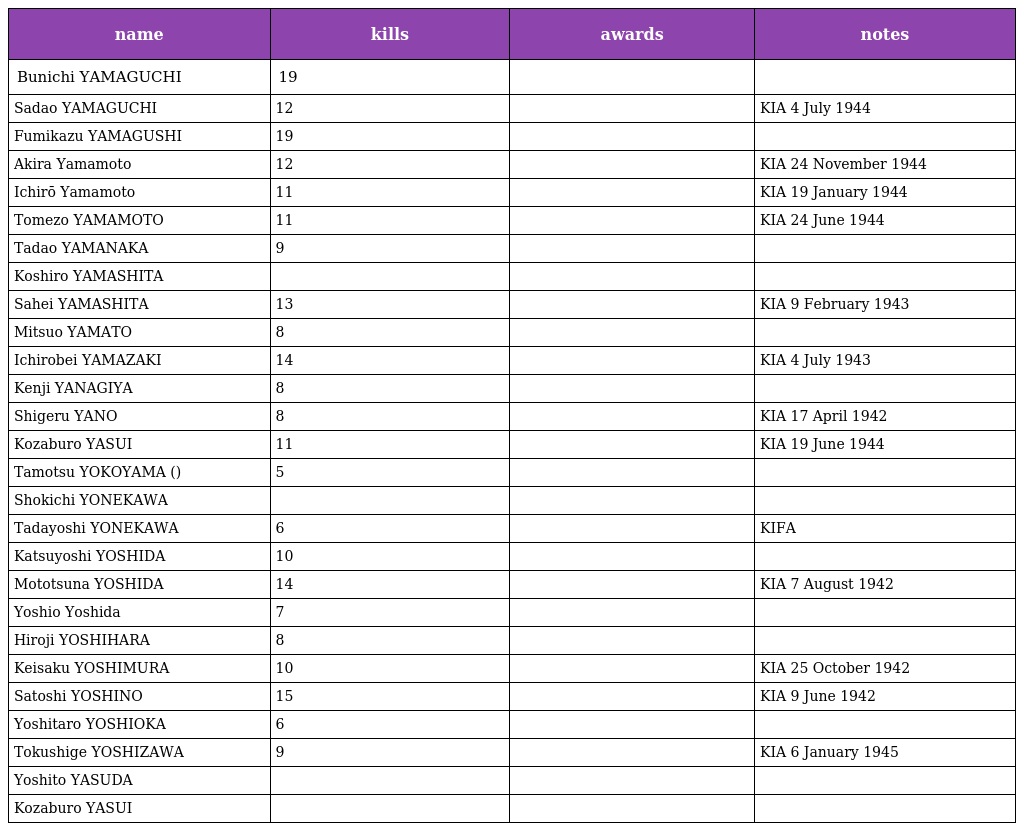
| name | kills | awards | notes |
 | --- | --- | --- | --- |
 | Bunichi YAMAGUCHI | 19 |  |  |
 | Sadao YAMAGUCHI | 12 |  | KIA 4 July 1944 |
 | Fumikazu YAMAGUSHI | 19 |  |  |
 | Akira Yamamoto | 12 |  | KIA 24 November 1944 |
 | Ichirō Yamamoto | 11 |  | KIA 19 January 1944 |
 | Tomezo YAMAMOTO | 11 |  | KIA 24 June 1944 |
 | Tadao YAMANAKA | 9 |  |  |
 | Koshiro YAMASHITA |  |  |  |
 | Sahei YAMASHITA | 13 |  | KIA 9 February 1943 |
 | Mitsuo YAMATO | 8 |  |  |
 | Ichirobei YAMAZAKI | 14 |  | KIA 4 July 1943 |
 | Kenji YANAGIYA | 8 |  |  |
 | Shigeru YANO | 8 |  | KIA 17 April 1942 |
 | Kozaburo YASUI | 11 |  | KIA 19 June 1944 |
 | Tamotsu YOKOYAMA (横山保) | 5 |  |  |
 | Shokichi YONEKAWA |  |  |  |
 | Tadayoshi YONEKAWA | 6 |  | KIFA |
 | Katsuyoshi YOSHIDA | 10 |  |  |
 | Mototsuna YOSHIDA | 14 |  | KIA 7 August 1942 |
 | Yoshio Yoshida | 7 |  |  |
 | Hiroji YOSHIHARA | 8 |  |  |
 | Keisaku YOSHIMURA | 10 |  | KIA 25 October 1942 |
 | Satoshi YOSHINO | 15 |  | KIA 9 June 1942 |
 | Yoshitaro YOSHIOKA | 6 |  |  |
 | Tokushige YOSHIZAWA | 9 |  | KIA 6 January 1945 |
 | Yoshito YASUDA |  |  |  |
 | Kozaburo YASUI |  |  |  |